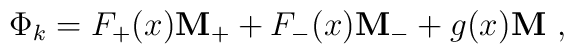
\Phi_k = F_+ (x) {\bf M_+} + F_- (x) {\bf M_-} + g(x) {\bf M}\ ,